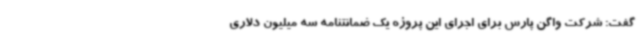
گفت: شرکت واگن پارس برای اجرای این پروژه یک ضمانتنامه سه میلیون دلاری